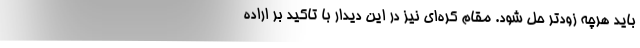
باید هرچه زودتر حل شود. مقام کره‌ای نیز در این دیدار با تاکید بر اراده